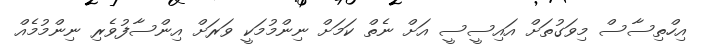
އިހްތިސާސް މިވަގުތަށް އައިސީސީ އަށް ނެތް ކަމަށް ނިންމުމަކީ ވަރަށް އިންސާފުވެރި ނިންމުމެއް